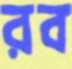
রব